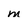
Character: m